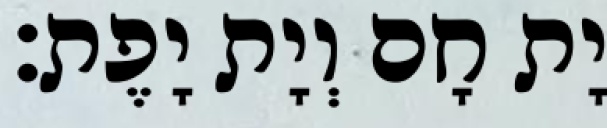
יָת חָם וְיָת יָפֶת׃